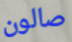
صالون